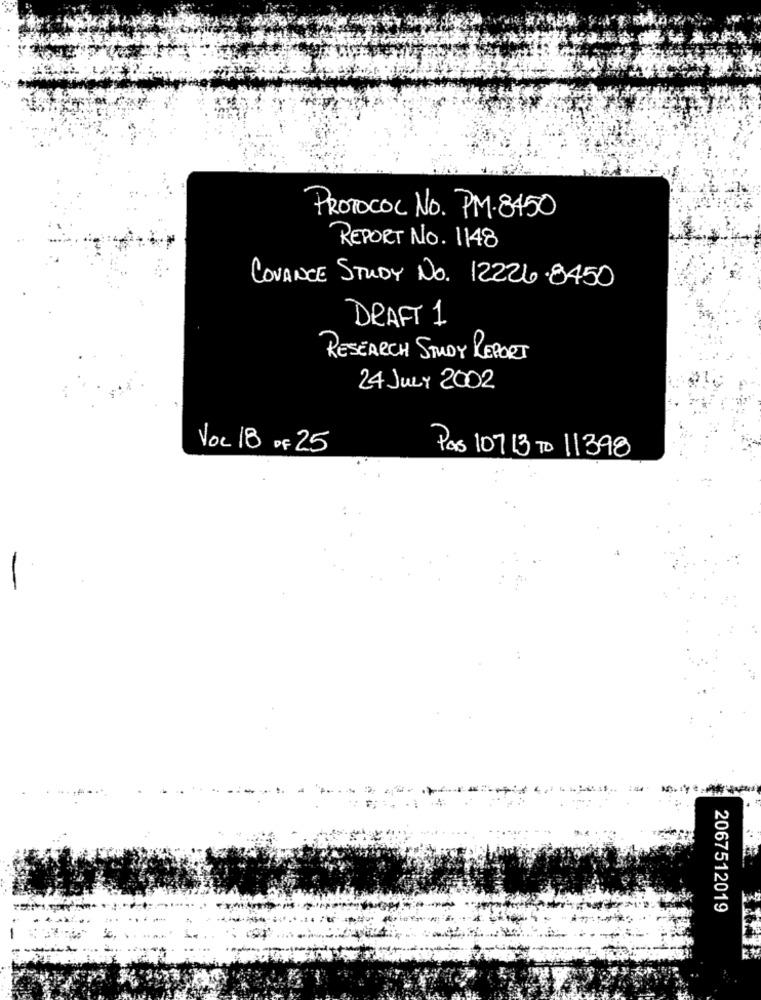
PROTOCOL NO. PM-8450
REPORT NO. 1148
COVANCE STUDY NO. 12226.8450
DRAFT 1
RESEARCH STUDY REPORT
24 JULY 2002
Voc 18 OF 25
Pas 10713 TO 11398
2067512019